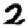
Digit: 2